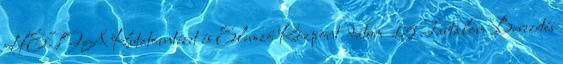
HÉTFA Kutatóintézet és Elemző Központ dátum 15 Tartalom Bevezetés